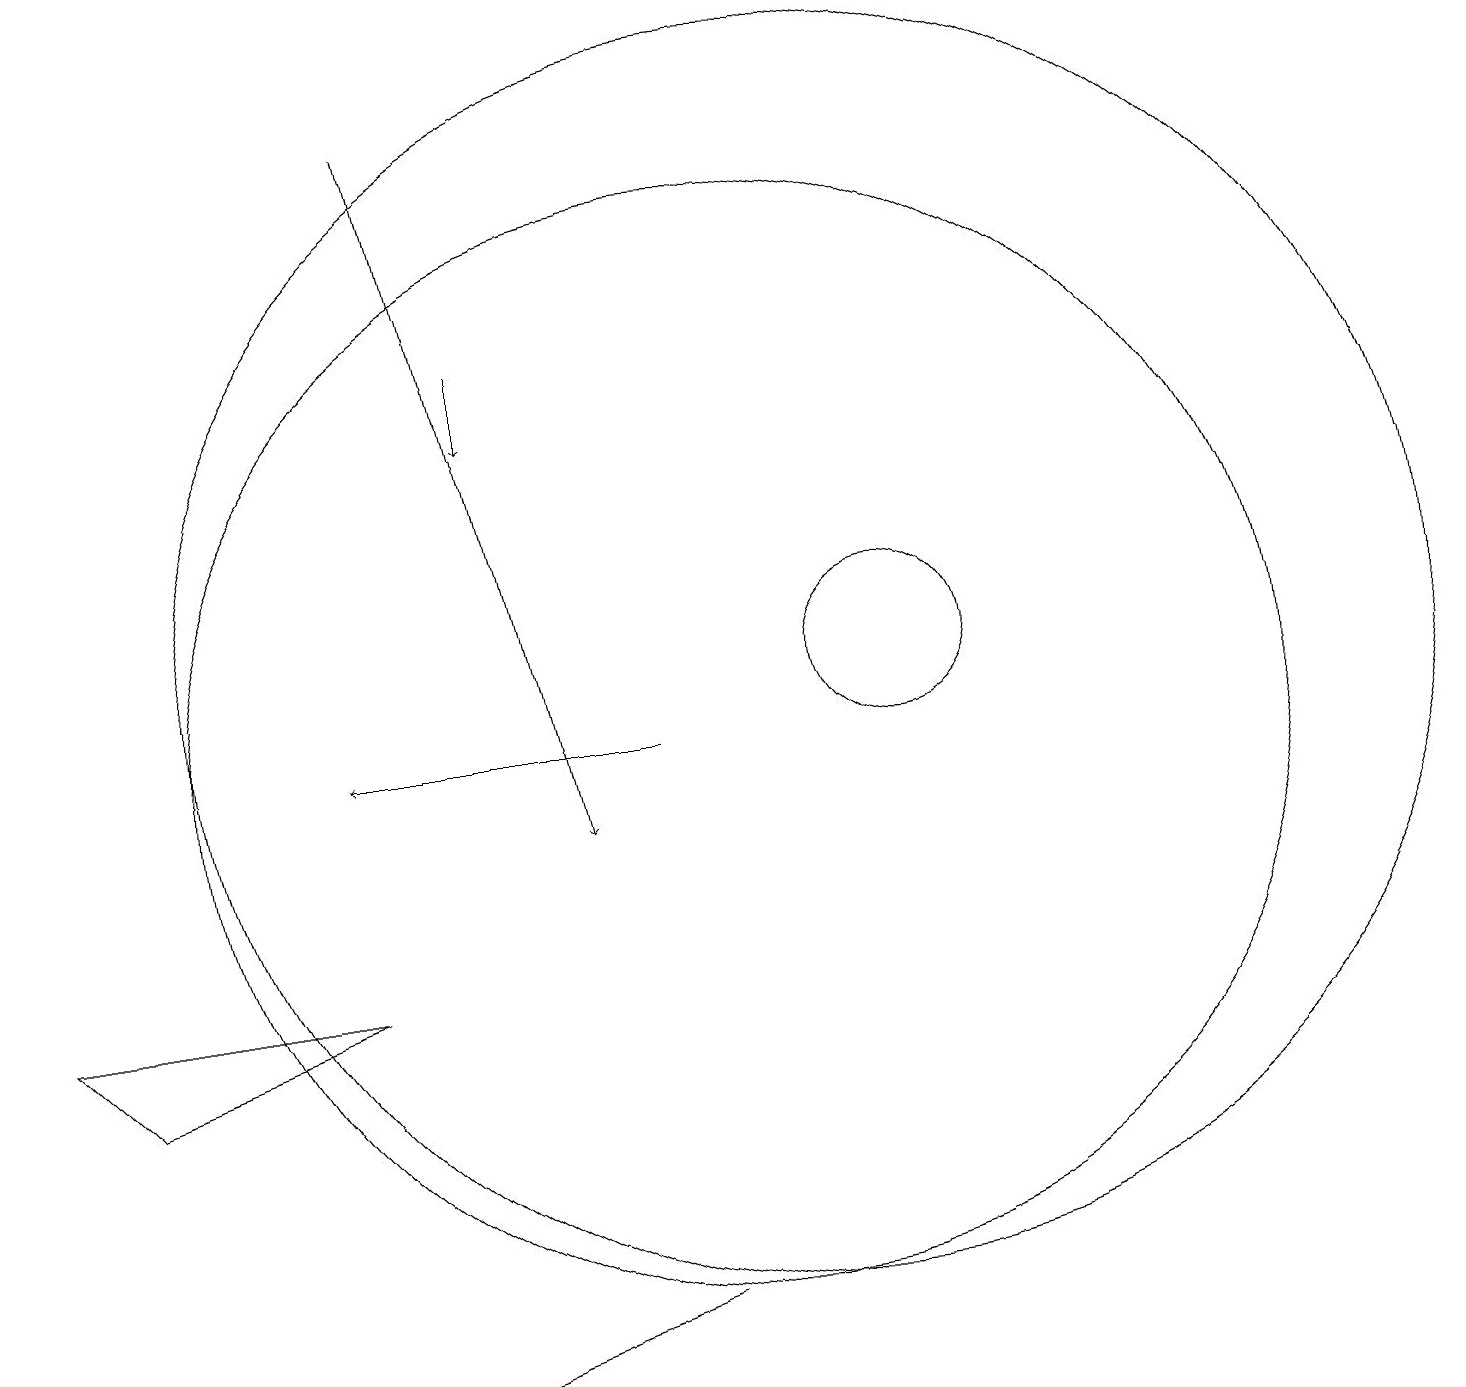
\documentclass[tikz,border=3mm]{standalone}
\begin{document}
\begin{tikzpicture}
\draw[->] (6,19) -- (8,10);
\draw (10,11) circle (7);
\draw[->] (7,16) -- (7,15);
\draw[->] (9,11) -- (5,11);
\draw (12,12) circle (1);
\draw (6,3) -- (9,4) -- (6,3) -- cycle;
\draw (11,12) circle (8);
\draw (1,8) -- (5,8) -- (2,7) -- cycle;
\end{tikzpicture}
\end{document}